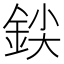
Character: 𰼨